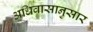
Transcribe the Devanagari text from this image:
अधिवासानुसार